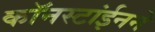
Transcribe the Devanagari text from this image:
कॉनस्टांईनने